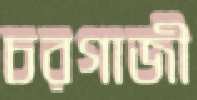
চরগাজী